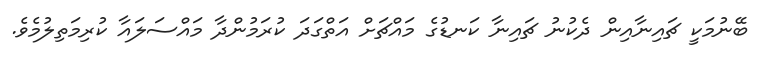
ބޭނުމަކީ ޗައިނާއިން ދެކުނު ޗައިނާ ކަނޑުގެ މައްޗަށް އަތްގަދަ ކުރަމުންދާ މައްސަލައާ ކުރިމަތިލުމެވެ.